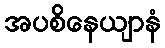
အပစိနေယျာနံ